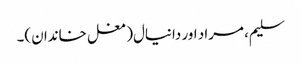
سلیم، مراد اور دانیال(مغل خاندان)۔